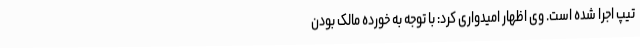
تیپ اجرا شده است. وی اظهار امیدواری کرد: با توجه به خورده مالک بودن